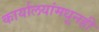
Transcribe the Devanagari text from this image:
कार्यालयांमधूनही